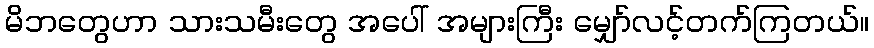
မိဘတွေဟာ သားသမီးတွေ အပေါ် အများကြီး မျှော်လင့်တက်ကြတယ်။